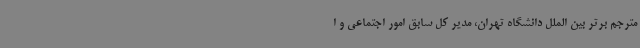
مترجم برتر بین الملل دانشگاه تهران، مدیر کل سابق امور اجتماعی و ا